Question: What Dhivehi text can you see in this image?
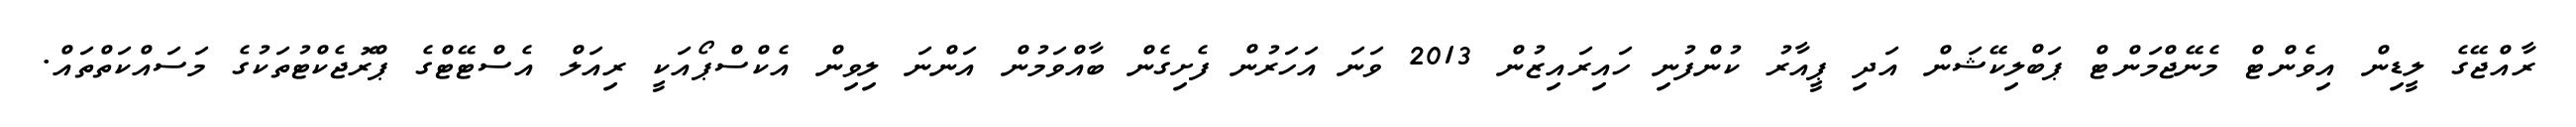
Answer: ރާއްޖޭގެ ލީޑިން އިވެންޓް މެނޭޖްމަންޓް ޕަބްލިކޭޝަން އަދި ޕީއާރު ކުންފުނި ހައިރައިޒުން 2013 ވަނަ އަހަރުން ފެށިގެން ބާއްވަމުން އަންނަ ލިވިން އެކްސްޕޯއަކީ ރިއަލް އެސްޓޭޓްގެ ޕްރޮޖެކްޓުތަކުގެ މަސައްކަތްތައް.